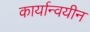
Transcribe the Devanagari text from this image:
कार्यान्वयीन